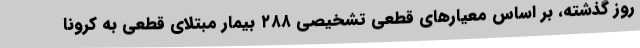
روز گذشته، بر اساس معیارهای قطعی تشخیصی ۲۸۸ بیمار مبتلای قطعی به کرونا